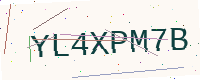
Text: YL4XPM7B